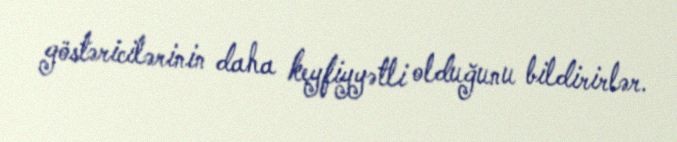
göstəricilərinin daha keyfiyyətli olduğunu bildirirlər.